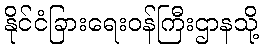
နိုင်ငံခြားရေးဝန်ကြီးဌာနသို့